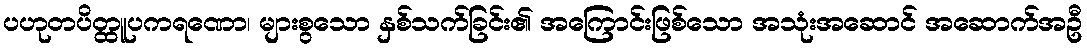
ပဟုတပိတ္ထူပကရဏော၊ များစွသော နှစ်သက်ခြင်း၏ အကြောင်းဖြစ်သော အသုံးအဆောင် အဆောက်အဦ